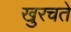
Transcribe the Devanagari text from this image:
खुरचते